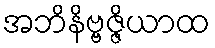
အဘိနိဗ္ဗဇ္ဇိယာထ